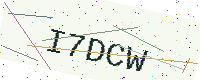
Text: I7DCW